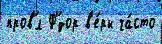
пров'́л Ф'́дор в'е́ры ча́сто